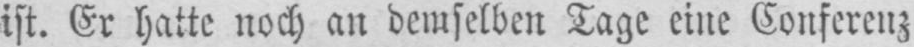
ist. Er hatte noch an demselben Tage eine Conferenz